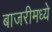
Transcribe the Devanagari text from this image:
बाजरीमध्ये